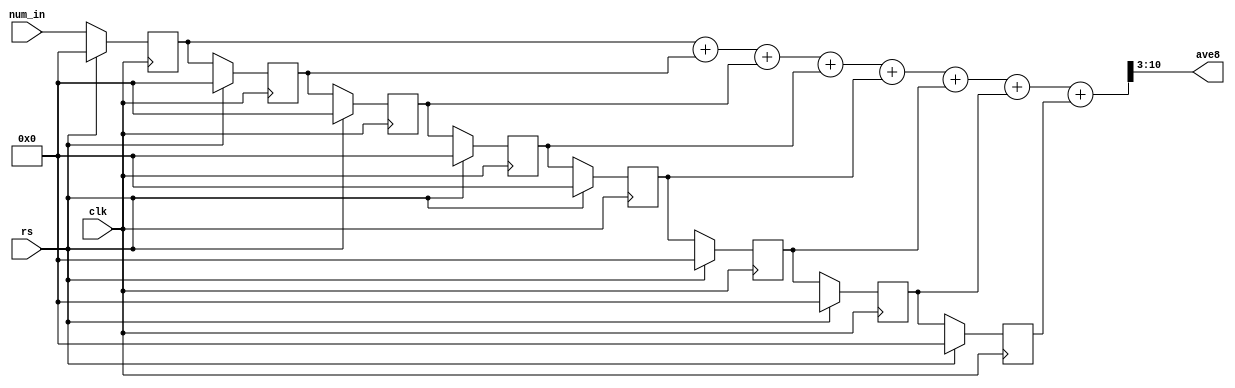
`timescale 1ns / 1ps


module avg_fast( 
    num_in, 
    clk,
    rs,
    ave8
  ) ;
  input clk ;
  input rs;
  input [7:0] num_in ;
  output [7:0] ave8 ;
  reg [7:0] registers [7:0] ;



  always @(posedge clk) begin
      
		if(rs) begin
		 registers[0] <= 8'd0;
		 registers[1] <= 8'd0;
		 registers[2] <= 8'd0;
		 registers[3] <= 8'd0;
		 registers[4] <= 8'd0;
		 registers[5] <= 8'd0;
		 registers[6] <= 8'd0;
		 registers[7] <= 8'd0;
      end else begin
    
		 registers[0] <= num_in;
		 registers[1] <= registers[0];
		 registers[2] <= registers[1];
		 registers[3] <= registers[2];
		 registers[4] <= registers[3];
		 registers[5] <= registers[4];
		 registers[6] <= registers[5];
		 registers[7] <= registers[6];	
	 end


  end
	//assign ave8 = g[10:3];

wire [10:0] sum = registers[0] + registers[1] + registers[2] + registers[3] + registers[4] + registers[5] + registers[6] + registers[7];
assign ave8 = sum[10:3];

endmodule